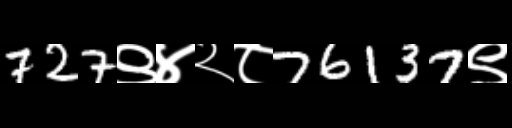
Text: 727९४२८76137९